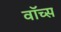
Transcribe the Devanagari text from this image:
वॉच्स